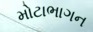
મોટાભાગન